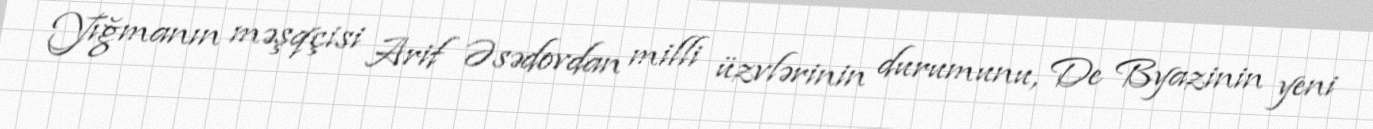
Yığmanın məşqçisi Arif Əsədovdan milli üzvlərinin durumunu, De Byazinin yeni